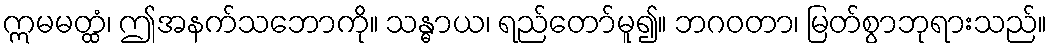
ဣမမတ္ထံ၊ ဤအနက်သဘောကို။ သန္ဓာယ၊ ရည်တော်မူ၍။ ဘဂဝတာ၊ မြတ်စွာဘုရားသည်။